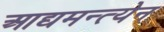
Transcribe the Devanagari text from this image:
आद्यमन्त्येन